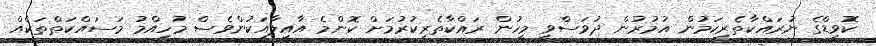
ކޮވިޑްގެ ނުރައްކާތެރިކަމުން އުމުރުން ދުވަސްވީ މީހުން ރައްކާތެރިކުރުމަށް ކޮންމެ އާއިލާއަކުންވެސް މުހިއްމު މަސައްކަތްތަކެއް